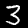
Label: 3